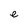
Character: e